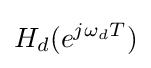
H_{d}(e^{j\omega _{d}T})